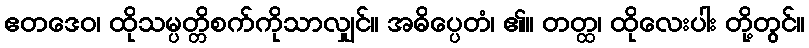
ဧတဒေဝ၊ ထိုသမ္ပတ္တိစက်ကိုသာလျှင်။ အဓိပ္ပေတံ၊ ၏။ တတ္ထ၊ ထိုလေးပါး တို့တွင်။